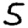
Digit: 5